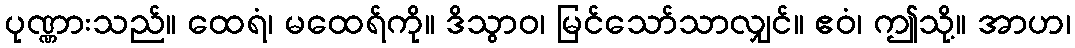
ပုဏ္ဏားသည်။ ထေရံ၊ မထေရ်ကို။ ဒိသွာဝ၊ မြင်သော်သာလျှင်။ ဧဝံ၊ ဤသို့။ အာဟ၊